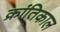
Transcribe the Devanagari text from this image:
क्रांतिकाल